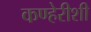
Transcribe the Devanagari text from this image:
कण्हेरीशी